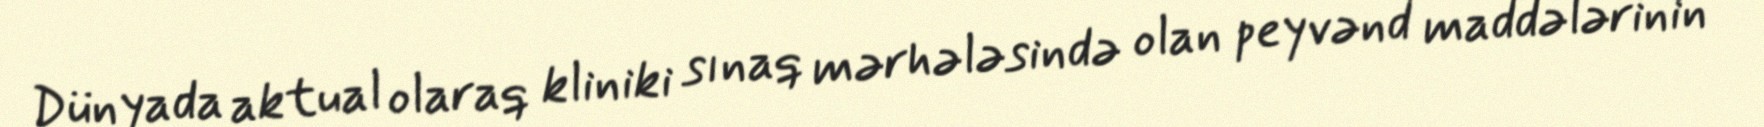
Dünyada aktual olaraq kliniki sınaq mərhələsində olan peyvənd maddələrinin